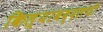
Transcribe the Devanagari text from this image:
किल्याबद्दलची